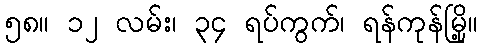
၅၈။ ၁၂ လမ်း၊ ၃၄ ရပ်ကွက်၊ ရန်ကုန်မြို့။